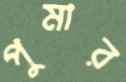
পুমার